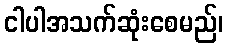
ငါပါအသက်ဆုံးစေမည်၊